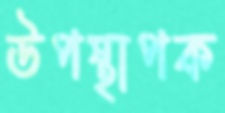
উপস্থাপক